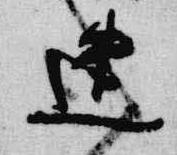
遣